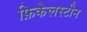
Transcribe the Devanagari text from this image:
फ़िकेलस्टीन